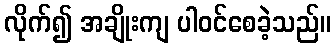
လိုက်၍ အချိုးကျ ပါဝင်စေခဲ့သည်။